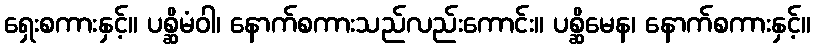
ရှေးစကားနှင့်။ ပစ္ဆိမံဝါ၊ နောက်စကားသည်လည်းကောင်း။ ပစ္ဆိမေန၊ နောက်စကားနှင့်။